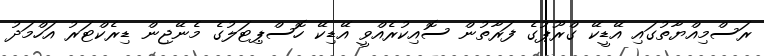
ރަސްމިއްޔާތުގައި އޭޑީކޭ ގްރޫޕުގެ ފަރާތުން ސޮއިކުރެއްވީ އޭޑިކޭ ހޮސްޕިޓަލުގެ މެނޭޖިން ޑިރެކްޓަރު އަހްމަދު